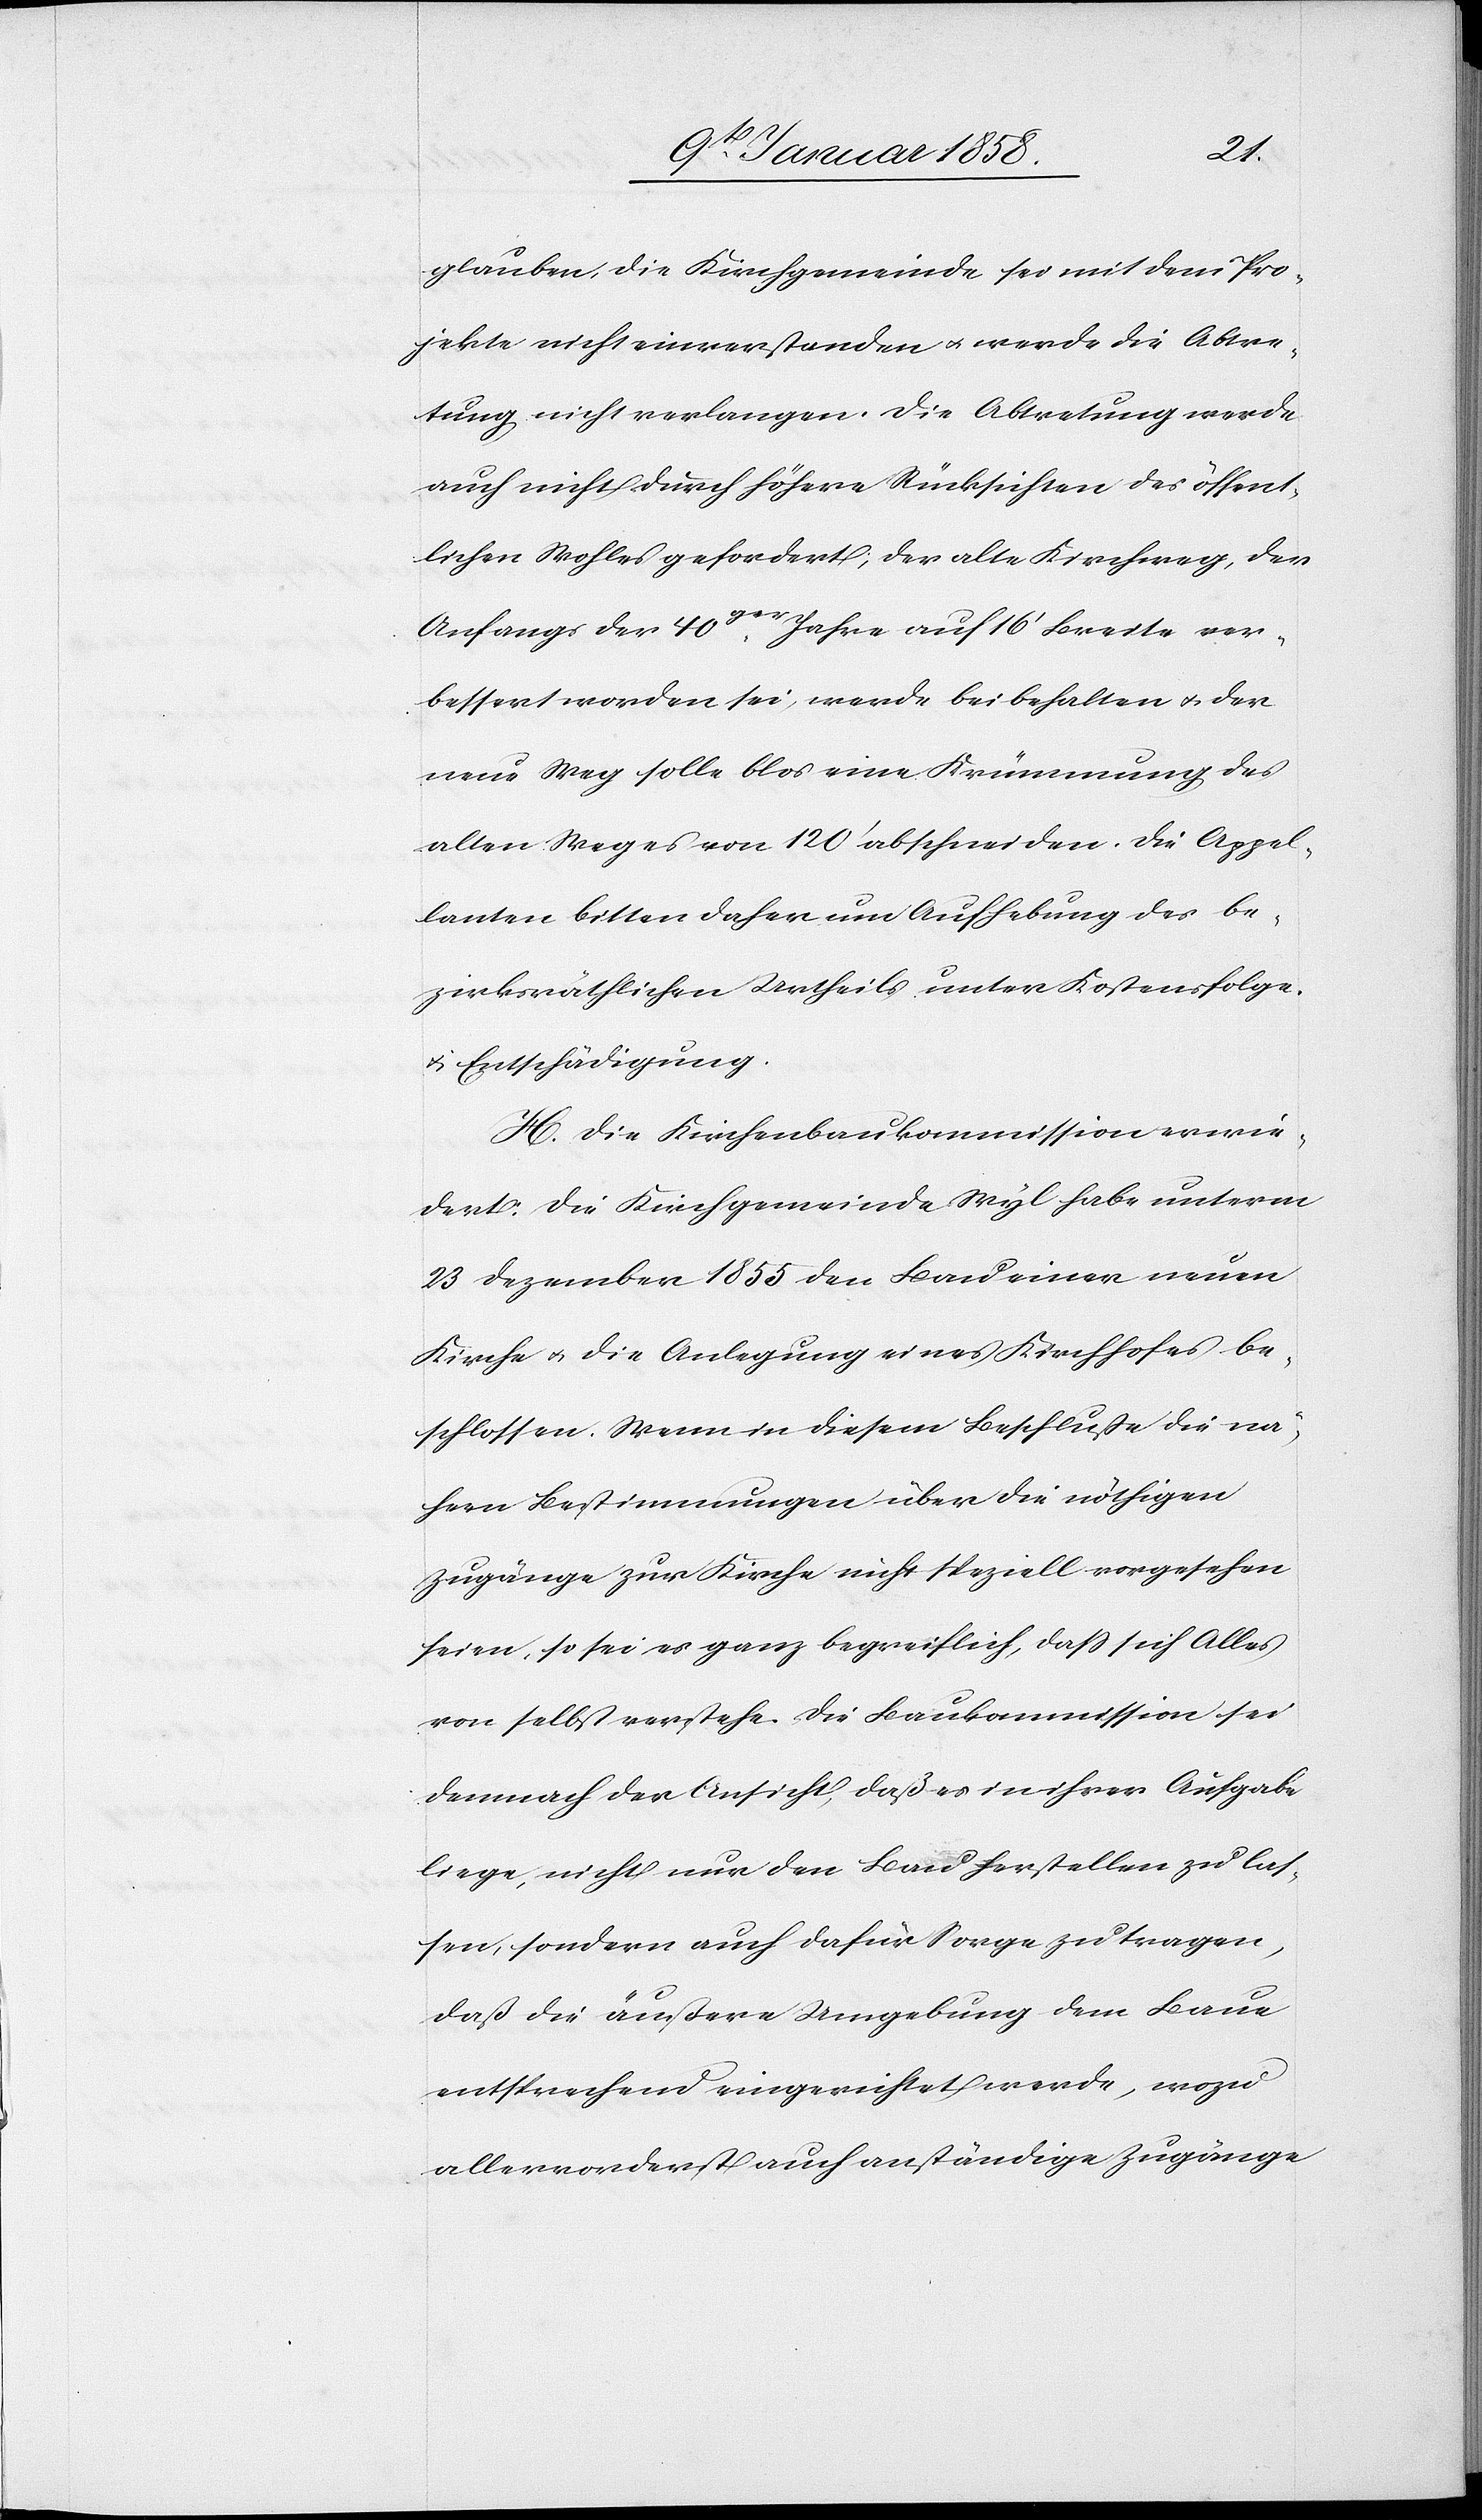
glauben, die Kirchgemeinde sei mit dem Pro¬
jekte nicht einverstanden u. werde die Abtre¬
tung nicht verlangen. Die Abtretung werde
auch nicht durch höhere Rücksichten des öffent¬
lichen Wohles gefordert; der alte Kirchweg, der
Anfangs der 40ger. Jahre auf 16’ Breite ver¬
bessert worden sei, werde beibehalten u. der
neue Weg solle blos eine Krümmung des
alten Weges von 120’ abschneiden. Die Appel¬
lanten bitten daher um Aufhebung des be¬
zirksräthlichen Urtheils unter Kostenfolge
u. Entschädigung.
H. Die Kirchenbaukommission erwie¬
dert: Die Kirchgemeinde Wyl habe unterm
23 Dezember 1855 den Bau einer neuen
Kirche u. die Anlegung eines Kirchhofes be¬
schlossen. Wenn in diesem Beschluße die nä¬
hern Bestimmungen über die nöthigen
Zugänge zur Kirche nicht speziell vorgesehen
seien, so sei es ganz begreiflich, daß sich Alles
von selbst verstehe. Die Baukommission sei
demnach der Ansicht, daß es in ihrer Aufgabe
liege, nicht nur den Bau herstellen zu las¬
sen, sondern auch dafür Sorge zu tragen,
daß die äußere Umgebung dem Baue
entsprechend eingerichtet werde, wozu
allervorderst auch anständige Zugänge